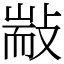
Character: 㪜